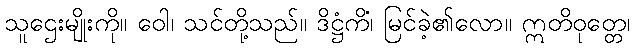
သူဌေးမျိုးကို။ ဝေါ၊ သင်တို့သည်။ ဒိဋ္ဌံကိံ၊ မြင်ခဲ့၏လော။ ဣတိဝုတ္တေ၊